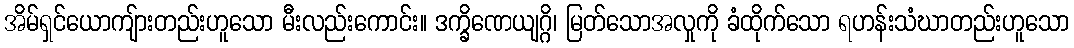
အိမ်ရှင်ယောကျ်ားတည်းဟူသော မီးလည်းကောင်း။ ဒက္ခိဏေယျဂ္ဂိ၊ မြတ်သောအလှုကို ခံထိုက်သော ရဟန်းသံဃာတည်းဟူသော